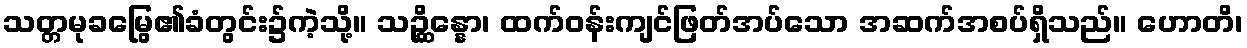
သတ္တမုခမြွေ၏ခံတွင်း၌ကဲ့သို့။ သဉ္ဆိန္နော၊ ထက်ဝန်းကျင်ဖြတ်အပ်သော အဆက်အစပ်ရှိသည်။ ဟောတိ၊